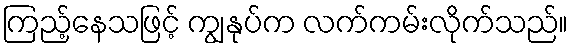
ကြည့်နေသဖြင့် ကျွနုပ်က လက်ကမ်းလိုက်သည်။